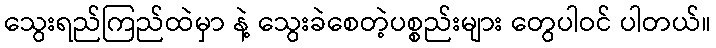
သွေးရည်ကြည်ထဲမှာ နဲ့ သွေးခဲစေတဲ့ပစ္စည်းများ တွေပါဝင် ပါတယ်။